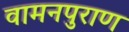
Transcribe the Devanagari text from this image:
वामनपुराण